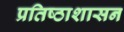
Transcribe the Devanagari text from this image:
प्रतिष्ठाशासन